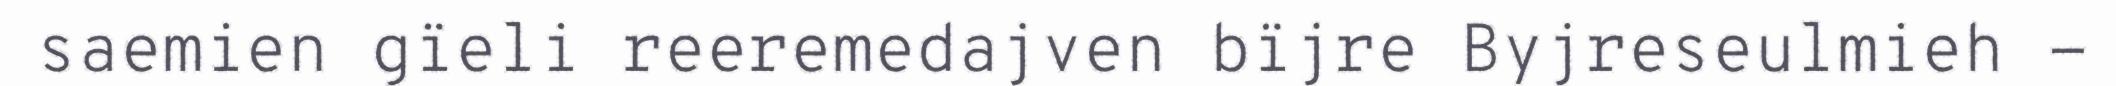
saemien gïeli reeremedajven bïjre Byjreseulmieh -